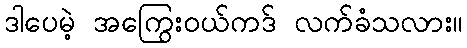
ဒါပေမဲ့ အကြွေးဝယ်ကဒ် လက်ခံသလား။